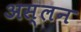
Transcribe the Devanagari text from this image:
अस्लन